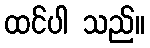
ထင်ပါ သည်။